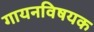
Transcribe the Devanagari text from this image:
गायनविषयक